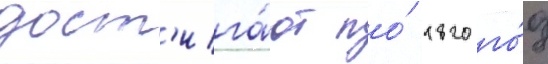
дост'ига́ют по́ 1820 го́д